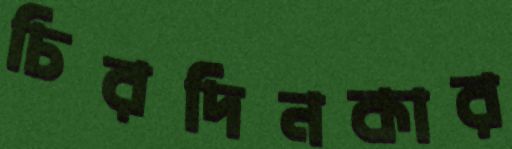
চিরদিনকার